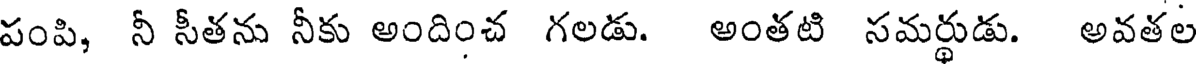
పంపి, నీ సీతను నీకు అందించ గలడు. అంతటి సమర్థుడు. అవతల